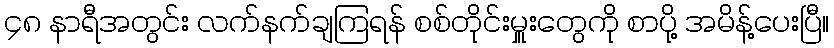
၄၈ နာရီအတွင်း လက်နက်ချကြရန် စစ်တိုင်းမှူးတွေကို စာပို့ အမိန့်ပေးပြီ။